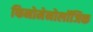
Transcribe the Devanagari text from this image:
फिनोमेनोलॉजिक